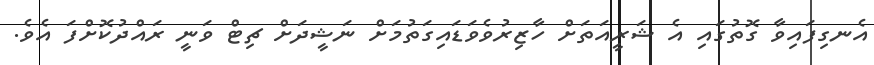
އެނގިފައިވާ ގޮތުގައި އެ ޝަރީއަތަށް ހާޒިރުވެވަޑައިގަތުމަށް ނަޝީދަށް ޗިޓް ވަނީ ރައްދުކޮށްފަ އެވެ.